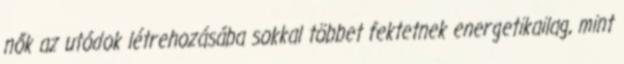
nők az utódok létrehozásába sokkal többet fektetnek energetikailag, mint